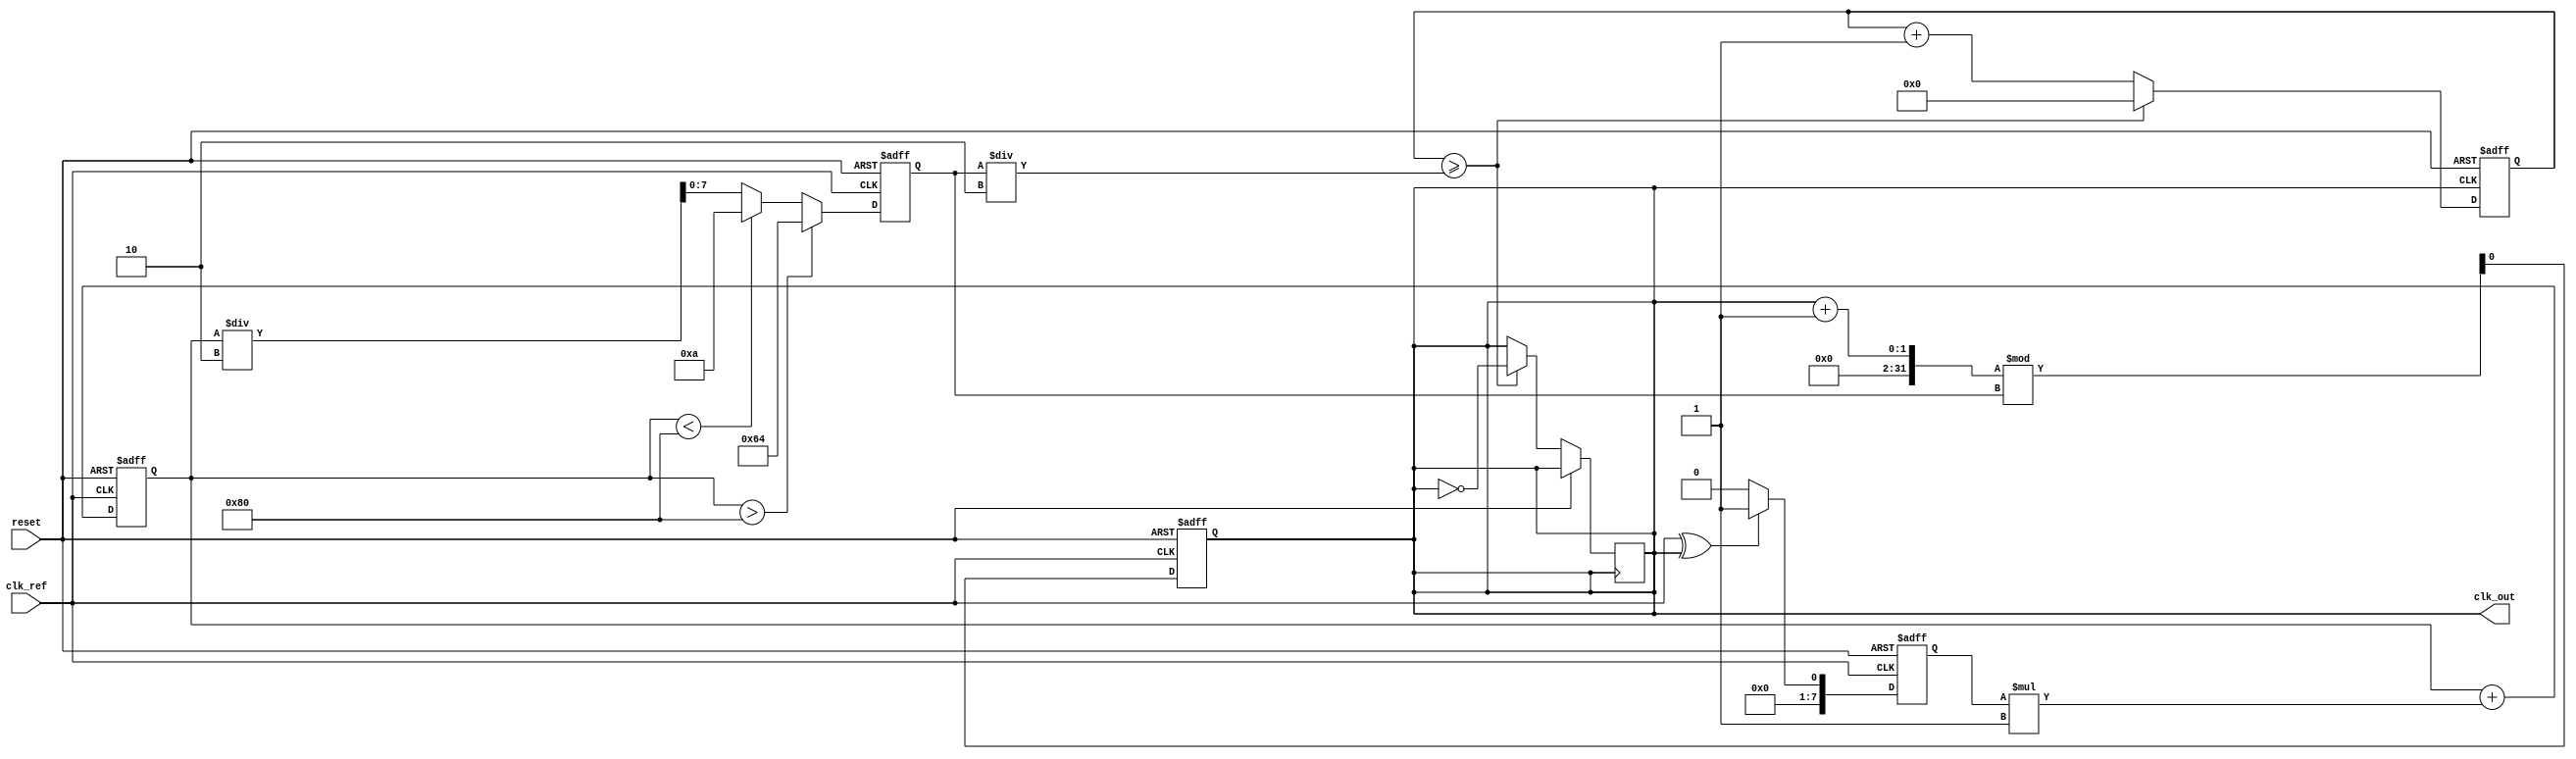
module continuous_time_PLL (
    input wire clk_ref,          // Reference clock input
    input wire reset,            // Reset signal
    output reg clk_out           // Output clock
);

// Parameters
parameter VCO_MAX_FREQ = 100;  // Maximum frequency of VCO
parameter VCO_MIN_FREQ = 10;    // Minimum frequency of VCO
parameter LOOP_FILTER_GAIN = 1; // Gain of the loop filter

// Internal signals
reg [7:0] phase_error;          // Phase error signal
reg [7:0] control_voltage;       // Control voltage for VCO
reg [7:0] vco_freq;              // Current frequency of VCO
reg [7:0] feedback_divider;      // Feedback divider

// Phase Detector (PD)
always @(posedge clk_ref or posedge reset) begin
    if (reset) begin
        phase_error <= 0;
    end else begin
        // Simple XOR phase detector for demonstration
        phase_error <= (clk_ref ^ clk_out) ? 1 : 0;
    end
end

// Loop Filter (LF)
always @(posedge clk_ref or posedge reset) begin
    if (reset) begin
        control_voltage <= 0;
    end else begin
        // Simple first-order loop filter
        control_voltage <= control_voltage + (phase_error * LOOP_FILTER_GAIN);
    end
end

// Voltage-Controlled Oscillator (VCO)
always @(posedge clk_ref or posedge reset) begin
    if (reset) begin
        vco_freq <= VCO_MIN_FREQ;
        clk_out <= 0;
    end else begin
        // Adjust VCO frequency based on control voltage
        if (control_voltage > 128) begin
            vco_freq <= VCO_MAX_FREQ; // Max frequency
        end else if (control_voltage < 128) begin
            vco_freq <= VCO_MIN_FREQ; // Min frequency
        end else begin
            vco_freq <= (control_voltage / 2); // Linear response
        end
        
        // Generate output clock based on VCO frequency
        clk_out <= (clk_out + 1) % vco_freq; // Simple clock generation
    end
end

// Feedback Mechanism (Divider)
always @(posedge clk_out or posedge reset) begin
    if (reset) begin
        feedback_divider <= 0;
    end else begin
        // Simple feedback divider (for demonstration)
        feedback_divider <= feedback_divider + 1;
        if (feedback_divider >= (vco_freq / 2)) begin
            feedback_divider <= 0;
            clk_out <= ~clk_out; // Toggle output clock
        end
    end
end

endmodule